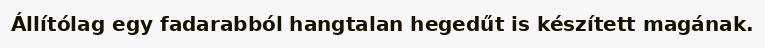
Állítólag egy fadarabból hangtalan hegedűt is készített magának.